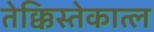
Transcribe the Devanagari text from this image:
तेक्किस्तेकात्ल